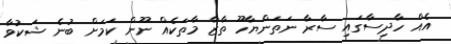
އެއް ހާދިސާގައި ސާރާ ނަތަންޔާހޫ ތާޒާ މާތަކެއް ނޫން ކަމަށް ބުނެ ޝަކުވާ